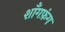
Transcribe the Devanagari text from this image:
शाँगफ़ंग